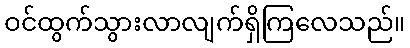
ဝင်ထွက်သွားလာလျက်ရှိကြလေသည်။